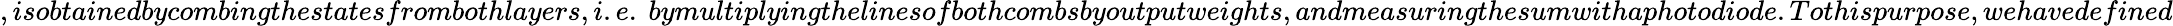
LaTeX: ,isobtainedbycombingthestatesfrombothlayers,i.e.\ bymultiplyingthelinesofbothcombsbyoutputweights,andmeasuringthesumwithaphotodiode.Tothispurpose,wehavedefined